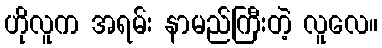
ဟိုလူက အရမ်း နာမည်ကြီးတဲ့ လူလေ။